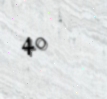
40